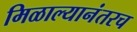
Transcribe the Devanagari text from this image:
मिळाल्यानंतरच